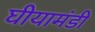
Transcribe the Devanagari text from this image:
घीयामंडी